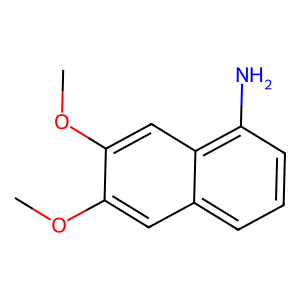
SMILES: COc1cc2cccc(N)c2cc1OC
Inhibits HIV replication: No